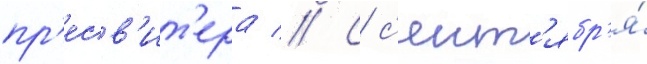
пр'есв'ит'ера // С с'ент'ябр'я́